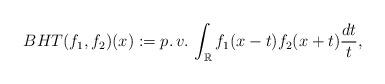
LaTeX: \begin{align*} BHT(f_{1},f_{2})(x):=p. \, v. \, \int_{\mathbb{R}}f_{1}(x-t)f_{2}(x+t)\frac{dt}{t},\end{align*}